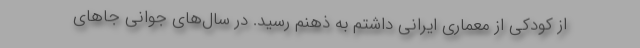
از کودکی از معماری ایرانی داشتم به ذهنم رسید. در سال‌های جوانی جاهای